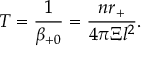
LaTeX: T = \frac 1 { \beta _ { + 0 } } = \frac { n r _ { + } } { 4 \pi \Xi l ^ { 2 } } .